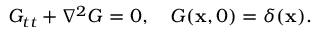
G _ { t t } + \nabla ^ { 2 } G = 0 , \quad G ( \mathbf { x } , 0 ) = \delta ( \mathbf { x } ) .